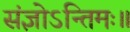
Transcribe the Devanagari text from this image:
संज्ञोऽन्तिमः॥